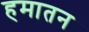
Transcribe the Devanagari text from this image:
हमातन